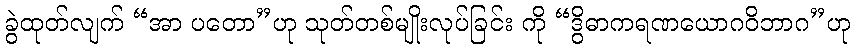
ခွဲထုတ်လျက် “အာ ပတော”ဟု သုတ်တစ်မျိုးလုပ်ခြင်း ကို “ဒွိဓာကရဏယောဂဝိဘာဂ”ဟု